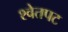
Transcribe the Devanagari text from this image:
श्वेतपट